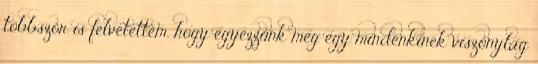
többször is felvetettem, hogy egyezzünk meg egy mindenkinek viszonylag